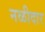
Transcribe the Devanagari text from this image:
नळीदार